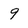
Character: 9